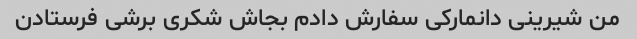
من شیرینی دانمارکی سفارش دادم بجاش شکری برشی فرستادن